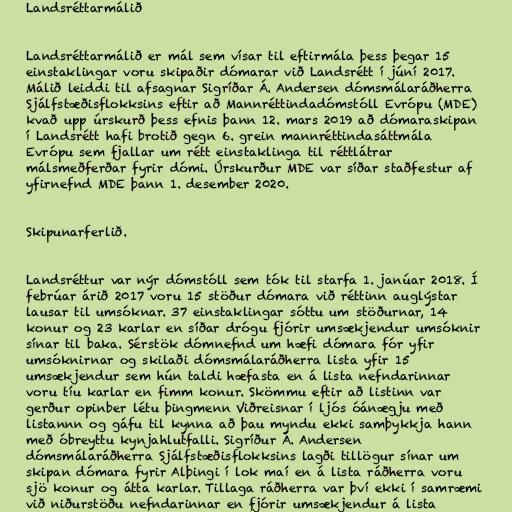
Landsréttarmálið

Landsréttarmálið er mál sem vísar til eftirmála þess þegar 15
einstaklingar voru skipaðir dómarar við Landsrétt í júní 2017.
Málið leiddi til afsagnar Sigríðar Á. Andersen dómsmálaráðherra
Sjálfstæðisflokksins eftir að Mannréttindadómstóll Evrópu (MDE)
kvað upp úrskurð þess efnis þann 12. mars 2019 að dómaraskipan
í Landsrétt hafi brotið gegn 6. grein mannréttindasáttmála
Evrópu sem fjallar um rétt einstaklinga til réttlátrar
málsmeðferðar fyrir dómi. Úrskurður MDE var síðar staðfestur af
yfirnefnd MDE þann 1. desember 2020.

Skipunarferlið.

Landsréttur var nýr dómstóll sem tók til starfa 1. janúar 2018. Í
febrúar árið 2017 voru 15 stöður dómara við réttinn auglýstar
lausar til umsóknar. 37 einstaklingar sóttu um stöðurnar, 14
konur og 23 karlar en síðar drógu fjórir umsækjendur umsóknir
sínar til baka. Sérstök dómnefnd um hæfi dómara fór yfir
umsóknirnar og skilaði dómsmálaráðherra lista yfir 15
umsækjendur sem hún taldi hæfasta en á lista nefndarinnar
voru tíu karlar en fimm konur. Skömmu eftir að listinn var
gerður opinber létu þingmenn Viðreisnar í ljós óánægju með
listannn og gáfu til kynna að þau myndu ekki samþykkja hann
með óbreyttu kynjahlutfalli. Sigríður Á. Andersen
dómsmálaráðherra Sjálfstæðisflokksins lagði tillögur sínar um
skipan dómara fyrir Alþingi í lok maí en á lista ráðherra voru
sjö konur og átta karlar. Tillaga ráðherra var því ekki í samræmi
við niðurstöðu nefndarinnar en fjórir umsækjendur á lista